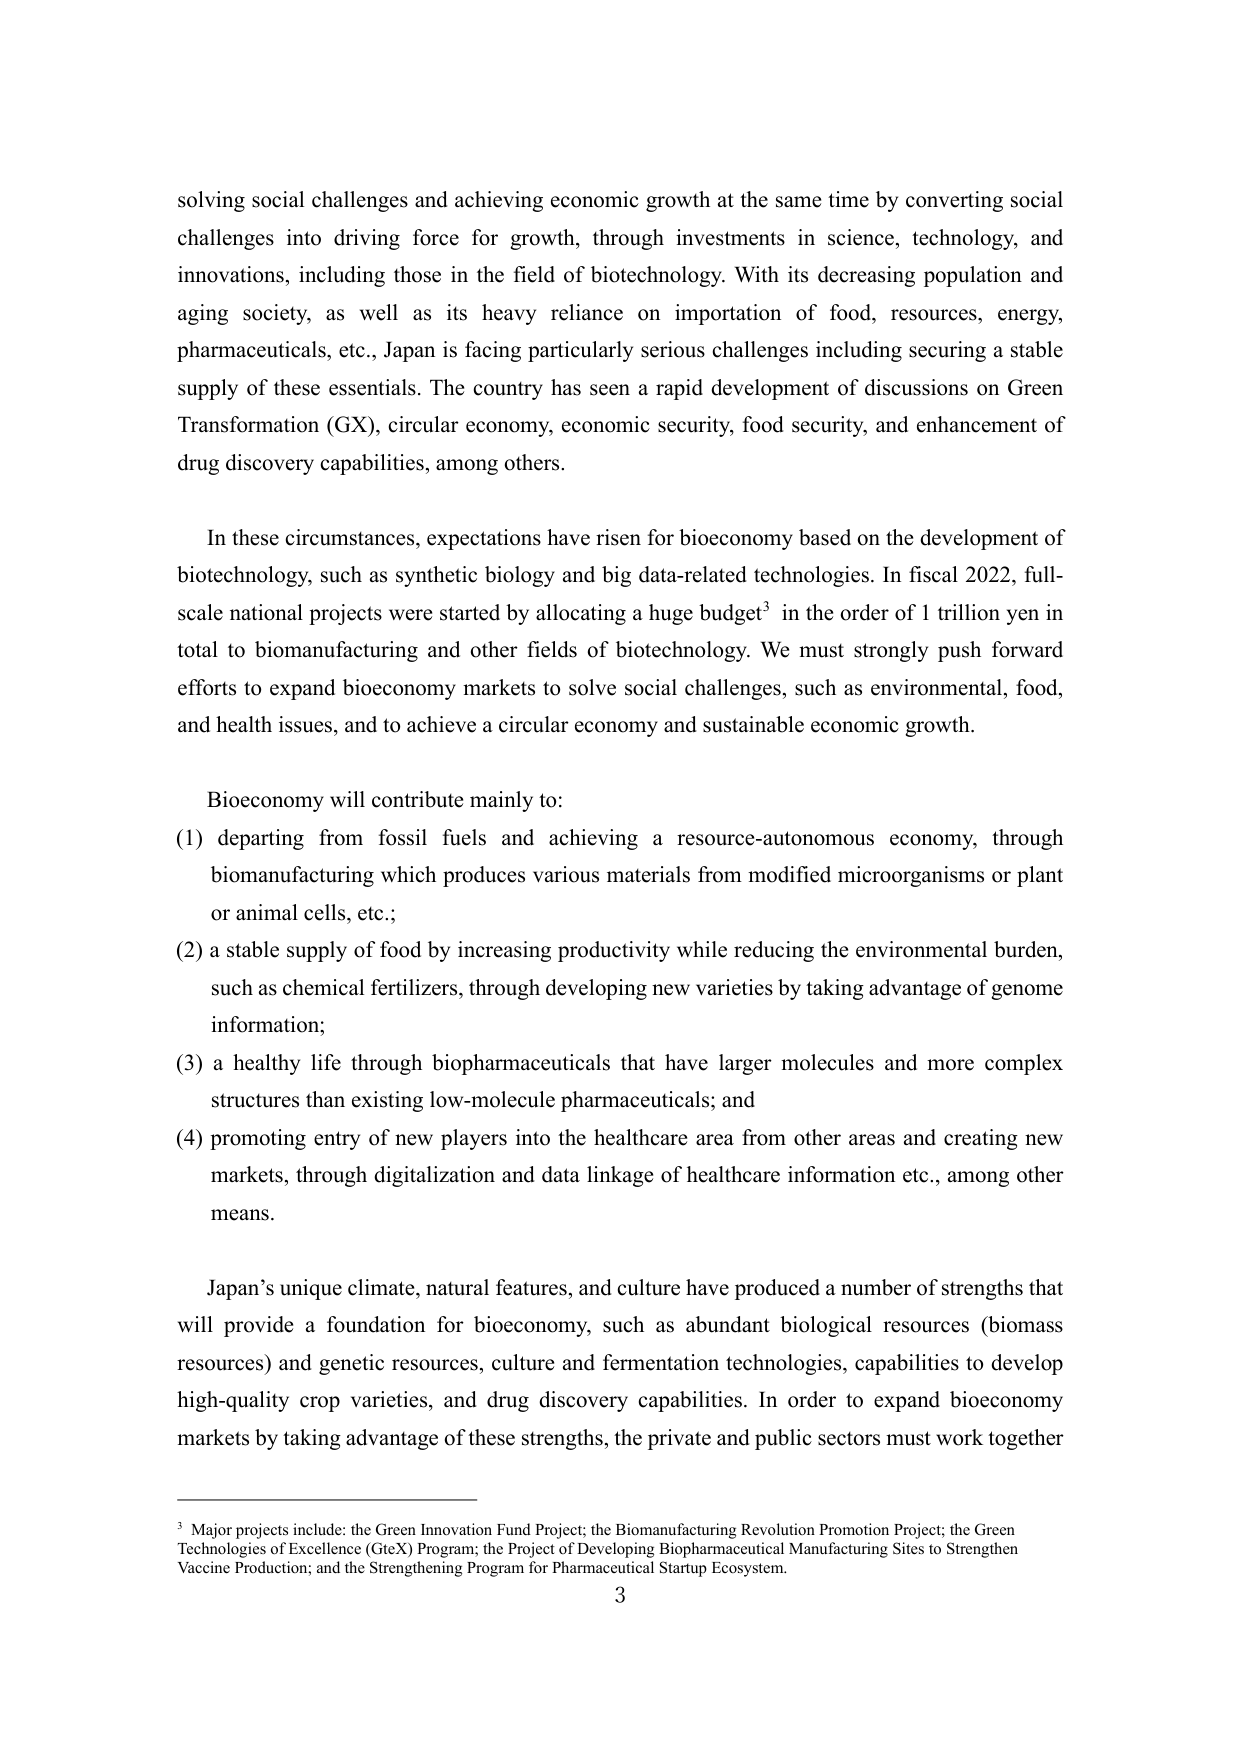
solving social challenges and achieving economic growth at the same time by converting social challenges into driving force for growth, through investments in science, technology, and innovations, including those in the field of biotechnology. With its decreasing population and aging society, as well as its heavy reliance on importation of food, resources, energy, pharmaceuticals, etc., Japan is facing particularly serious challenges including securing a stable supply of these essentials. The country has seen a rapid development of discussions on Green Transformation (GX), circular economy, economic security, food security, and enhancement of drug discovery capabilities, among others.

In these circumstances, expectations have risen for bioeconomy based on the development of biotechnology, such as synthetic biology and big data-related technologies. In fiscal 2022, full-scale national projects were started by allocating a huge budget³ in the order of 1 trillion yen in total to biomanufacturing and other fields of biotechnology. We must strongly push forward efforts to expand bioeconomy markets to solve social challenges, such as environmental, food, and health issues, and to achieve a circular economy and sustainable economic growth.

Bioeconomy will contribute mainly to:
(1) departing from fossil fuels and achieving a resource-autonomous economy, through biomanufacturing which produces various materials from modified microorganisms or plant or animal cells, etc.;
(2) a stable supply of food by increasing productivity while reducing the environmental burden, such as chemical fertilizers, through developing new varieties by taking advantage of genome information;
(3) a healthy life through biopharmaceuticals that have larger molecules and more complex structures than existing low-molecule pharmaceuticals; and
(4) promoting entry of new players into the healthcare area from other areas and creating new markets, through digitalization and data linkage of healthcare information etc., among other means.

Japan’s unique climate, natural features, and culture have produced a number of strengths that will provide a foundation for bioeconomy, such as abundant biological resources (biomass resources) and genetic resources, culture and fermentation technologies, capabilities to develop high-quality crop varieties, and drug discovery capabilities. In order to expand bioeconomy markets by taking advantage of these strengths, the private and public sectors must work together

³ Major projects include: the Green Innovation Fund Project; the Biomanufacturing Revolution Promotion Project; the Green Technologies of Excellence (GtEX) Program; the Project of Developing Biopharmaceutical Manufacturing Sites to Strengthen Vaccine Production; and the Strengthening Program for Pharmaceutical Startup Ecosystem.
3